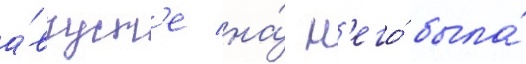
а́вгуст'е на́ н'его́ была́